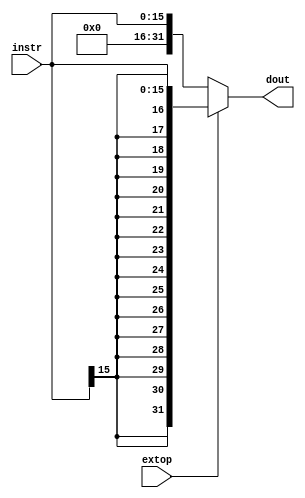
`timescale 1ns / 1ps
//////////////////////////////////////////////////////////////////////////////////
// Company: 
// Engineer: 
// 
// Design Name: 
// Module Name: Extend
// Project Name: 
// Target Devices: 
// Tool Versions: 
// Description: 
// 
// Dependencies: 
// 
// Revision:
// Revision 0.01 - File Created
// Additional Comments:
// 
//////////////////////////////////////////////////////////////////////////////////
 //signal 0
module Extend(
    input   [15:0]instr,
    input   extop,
    output  [31:0]dout
    );
    
    assign dout = (extop==1'b0) ? {(16'b0),instr[15:0]} : {{16{instr[15]}},instr[15:0]};
endmodule